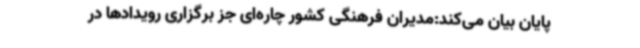
پایان بیان می‌کند:مدیران فرهنگی کشور چاره‌ای جز برگزاری رویدادها در